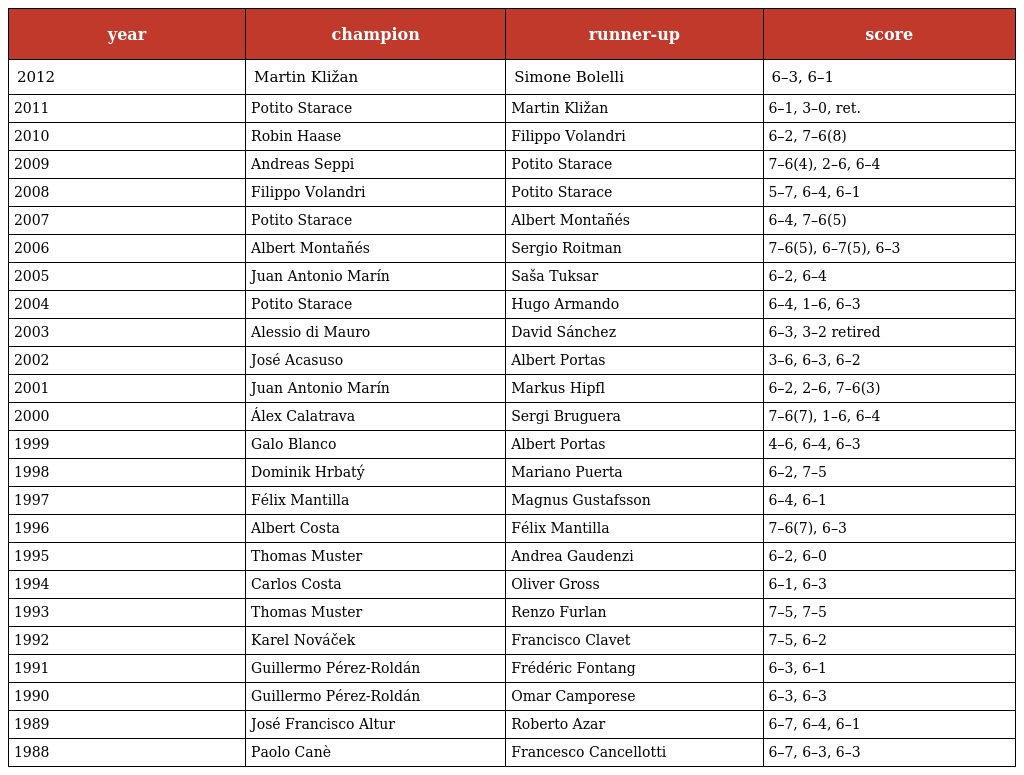
| year | champion | runner-up | score |
 | --- | --- | --- | --- |
 | 2012 | Martin Kližan | Simone Bolelli | 6–3, 6–1 |
 | 2011 | Potito Starace | Martin Kližan | 6–1, 3–0, ret. |
 | 2010 | Robin Haase | Filippo Volandri | 6–2, 7–6(8) |
 | 2009 | Andreas Seppi | Potito Starace | 7–6(4), 2–6, 6–4 |
 | 2008 | Filippo Volandri | Potito Starace | 5–7, 6–4, 6–1 |
 | 2007 | Potito Starace | Albert Montañés | 6–4, 7–6(5) |
 | 2006 | Albert Montañés | Sergio Roitman | 7–6(5), 6–7(5), 6–3 |
 | 2005 | Juan Antonio Marín | Saša Tuksar | 6–2, 6–4 |
 | 2004 | Potito Starace | Hugo Armando | 6–4, 1–6, 6–3 |
 | 2003 | Alessio di Mauro | David Sánchez | 6–3, 3–2 retired |
 | 2002 | José Acasuso | Albert Portas | 3–6, 6–3, 6–2 |
 | 2001 | Juan Antonio Marín | Markus Hipfl | 6–2, 2–6, 7–6(3) |
 | 2000 | Álex Calatrava | Sergi Bruguera | 7–6(7), 1–6, 6–4 |
 | 1999 | Galo Blanco | Albert Portas | 4–6, 6–4, 6–3 |
 | 1998 | Dominik Hrbatý | Mariano Puerta | 6–2, 7–5 |
 | 1997 | Félix Mantilla | Magnus Gustafsson | 6–4, 6–1 |
 | 1996 | Albert Costa | Félix Mantilla | 7–6(7), 6–3 |
 | 1995 | Thomas Muster | Andrea Gaudenzi | 6–2, 6–0 |
 | 1994 | Carlos Costa | Oliver Gross | 6–1, 6–3 |
 | 1993 | Thomas Muster | Renzo Furlan | 7–5, 7–5 |
 | 1992 | Karel Nováček | Francisco Clavet | 7–5, 6–2 |
 | 1991 | Guillermo Pérez-Roldán | Frédéric Fontang | 6–3, 6–1 |
 | 1990 | Guillermo Pérez-Roldán | Omar Camporese | 6–3, 6–3 |
 | 1989 | José Francisco Altur | Roberto Azar | 6–7, 6–4, 6–1 |
 | 1988 | Paolo Canè | Francesco Cancellotti | 6–7, 6–3, 6–3 |